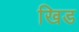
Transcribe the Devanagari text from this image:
खिड